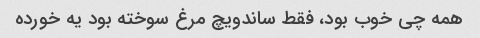
همه چی خوب بود، فقط ساندویچ مرغ سوخته بود یه خورده